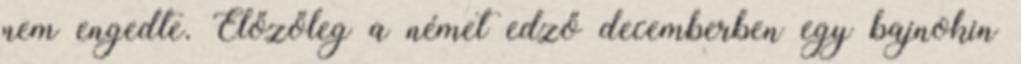
nem engedte. Előzőleg a német edző decemberben egy bajnokin